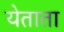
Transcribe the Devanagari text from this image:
येताता